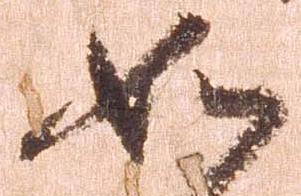
如